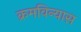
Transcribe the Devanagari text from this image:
क्रमविन्यास